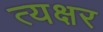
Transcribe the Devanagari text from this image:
त्यक्षर